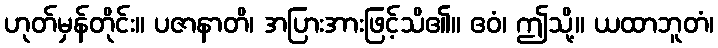
ဟုတ်မှန်တိုင်း။ ပဇာနာတိ၊ အပြားအားဖြင့်သိ၏။ ဧဝံ၊ ဤသို့။ ယထာဘူတံ၊